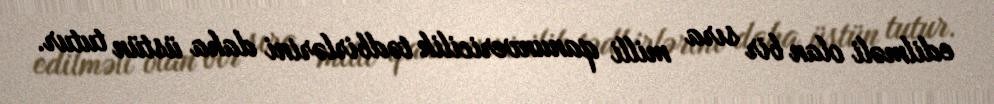
edilməli olan bir sıra milli qanunvericilik tədbirlərini daha üstün tutur.